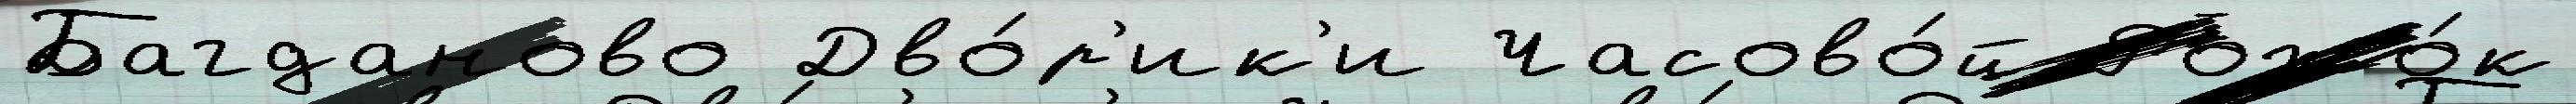
Багданово Дво́р'ик'и Часово́й Рожо́к